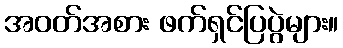
အဝတ်အစား ဖက်ရှင်ပြပွဲများ။